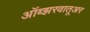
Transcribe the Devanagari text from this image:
ऑब्झरवातूअर